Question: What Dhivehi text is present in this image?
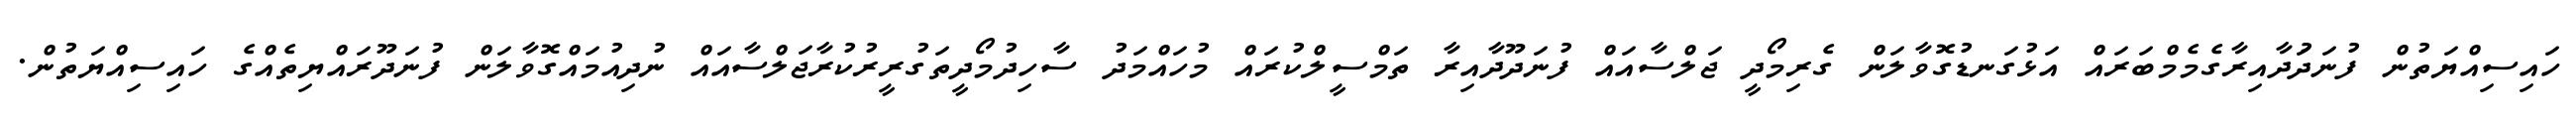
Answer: ހައިސިއްޔަތުން ފުނަދަުދާއިރާގެމެމްބަރައް އަޅުގަނޑުގޮވާލަން ގެރިމޯދީ ޖަލްސާއައް ފުނަދޫދާއިރާ ތަމްސީލްކުރައް މުހައްމަދު ސާހިދުމޯދީތަގުރީރުކުރާޖަލްސާއައް ނުދިއުމައްގޮވާލަން ފުނަދޫރައްޔިތެއްގެ ހައިސިއްޔަތުން.